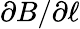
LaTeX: \partial B/\partial\ell